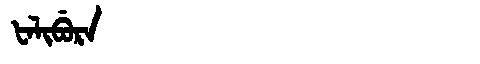
Manchu: ᡶᠠᠯᡳᠪᡠᡵᠠ
Romanization: FALIBURA